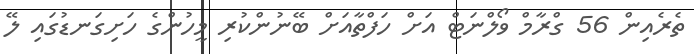
ތެރެއިން 56 ގްރާމް ވޯލްނަޓް އަށް ހަފްތާއަށް ބޭނުންކުރި މީހުންގެ ހަށިގަނޑުގައި ލޭ